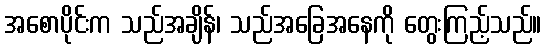
အစောပိုင်းက သည်အချိန်၊ သည်အခြေအနေကို တွေးကြည့်သည်။